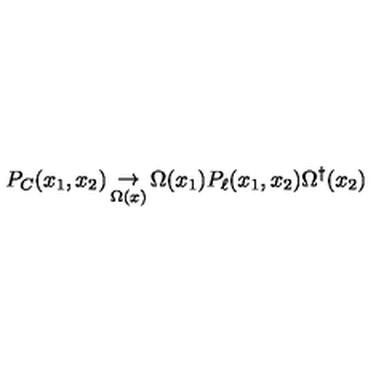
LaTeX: P _ { C } ( x _ { 1 } , x _ { 2 } ) \mathop \to _ { \Omega ( x ) } \Omega ( x _ { 1 } ) P _ { \ell } ( x _ { 1 } , x _ { 2 } ) \Omega ^ { \dagger } ( x _ { 2 } )